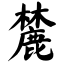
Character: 麓